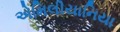
એમિલીયાનિયા